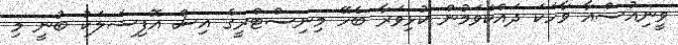
ވީނިއުސްއާ ވާހަކަ ދައްކަވަމުން ކުޅިވަރާ ބެހޭ މިނިސްޓްރީގެ އިސް އޮފިޝަލަކު ބުނީ މި